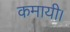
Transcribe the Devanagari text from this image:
कमायी।